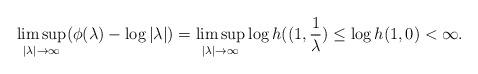
LaTeX: \begin{align*}\limsup_{|\lambda|\to\infty}(\phi(\lambda)-\log|\lambda|)=\limsup_{|\lambda|\to\infty}\log h((1,\frac{1}{\lambda})\leq\log h(1,0)<\infty.\end{align*}